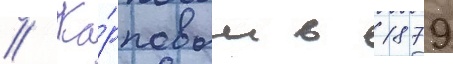
// Ка́рповым в 1879